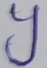
Text: Y